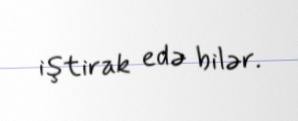
iştirak edə bilər.